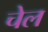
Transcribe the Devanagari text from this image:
चेल